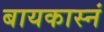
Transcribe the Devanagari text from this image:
बायकास्नं